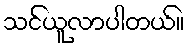
သင်ယူလာပါတယ်။